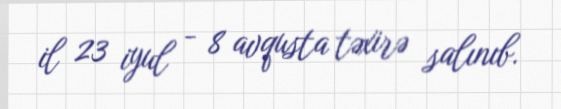
il 23 iyul - 8 avqusta təxirə salınıb.